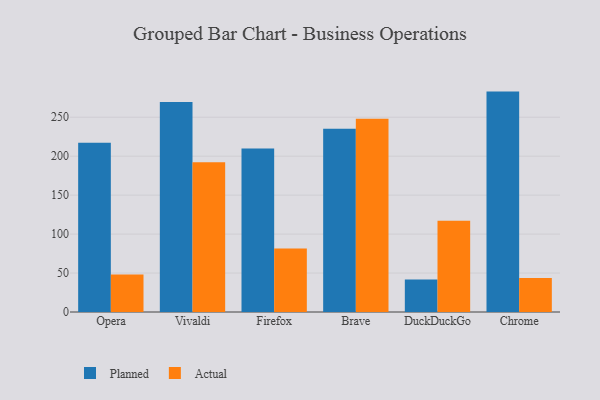
{"axis": {"x": "Browser", "y": "Energy Usage (MWh)"}, "legend": ["Actual", "Planned"], "data": [{"x": "Opera", "y": 217.2, "type": "Planned"}, {"x": "Opera", "y": 48.2, "type": "Actual"}, {"x": "Vivaldi", "y": 269.4, "type": "Planned"}, {"x": "Vivaldi", "y": 192.3, "type": "Actual"}, {"x": "Firefox", "y": 209.9, "type": "Planned"}, {"x": "Firefox", "y": 81.6, "type": "Actual"}, {"x": "Brave", "y": 235.3, "type": "Planned"}, {"x": "Brave", "y": 248.0, "type": "Actual"}, {"x": "DuckDuckGo", "y": 41.7, "type": "Planned"}, {"x": "DuckDuckGo", "y": 117.2, "type": "Actual"}, {"x": "Chrome", "y": 282.9, "type": "Planned"}, {"x": "Chrome", "y": 43.8, "type": "Actual"}]}